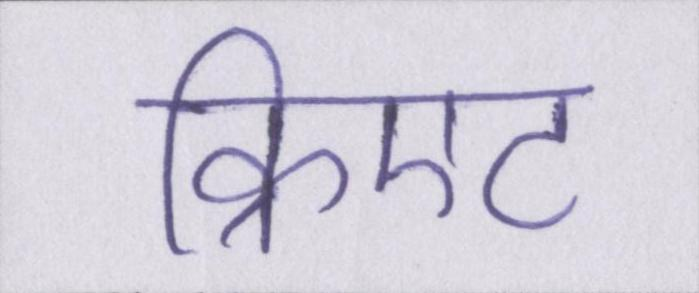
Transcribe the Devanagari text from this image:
क्रिएट